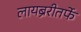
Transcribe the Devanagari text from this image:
लायब्ररीतर्फे